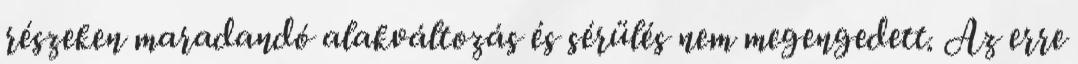
részeken maradandó alakváltozás és sérülés nem megengedett. Az erre